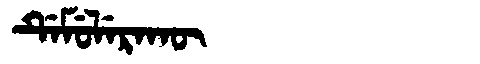
Manchu: ᡩᡝᠮᡠᠯᡝᡵᠠᡴᡡ
Romanization: DEMULERAKŪ